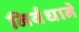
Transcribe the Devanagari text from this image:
निर्बंधानें